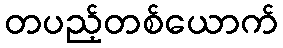
တပည့်တစ်ယောက်